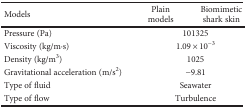
| Models | Plain models | Biomimetic shark skin |
 | --- | --- | --- |
 | Pressure (Pa) | <COLSPAN=2> 101325 |
 | Viscosity (kg/m·s) | <COLSPAN=2> 1.09 × 10−3 |
 | Density (kg/m3) | <COLSPAN=2> 1025 |
 | Gravitational acceleration (m/s2) | <COLSPAN=2> −9.81 |
 | Type of fluid | <COLSPAN=2> Seawater |
 | Type of flow | <COLSPAN=2> Turbulence |